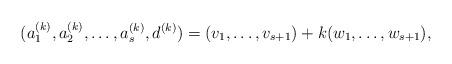
LaTeX: \begin{align*}(a_1^{(k)},a_2^{(k)},\dots,a_s^{(k)},d^{(k)})=(v_1,\dots,v_{s+1})+k(w_1,\dots,w_{s+1}),\end{align*}